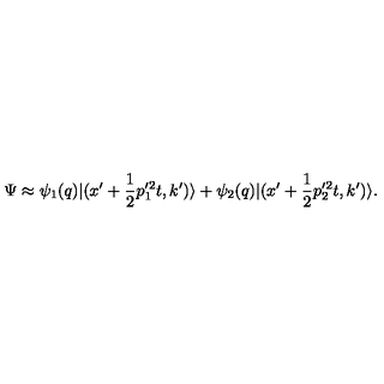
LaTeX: \Psi \approx \psi _ { 1 } ( q ) | ( x ^ { \prime } + { \frac { 1 } { 2 } } p _ { 1 } ^ { \prime 2 } t , k ^ { \prime } ) \rangle + \psi _ { 2 } ( q ) | ( x ^ { \prime } + { \frac { 1 } { 2 } } p _ { 2 } ^ { \prime 2 } t , k ^ { \prime } ) \rangle .